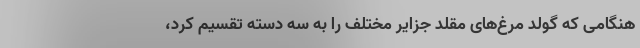
هنگامی که گولد مرغ‌های مقلد جزایر مختلف را به سه دسته تقسیم کرد،